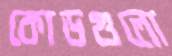
কোডগুলো